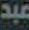
عبد